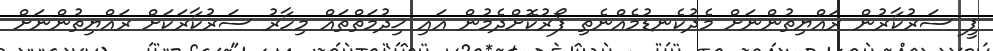
ޕީ ސަރުކާރުން ރައްޔިތުންނަށް މެދުކެނޑުމެއްނެތި ފޯރުކޮށްދެމުން އައި ޚިދުމަތްތައް މިހާރު ސަރުކާރަކަށް ރައްޔިތުންނަށް